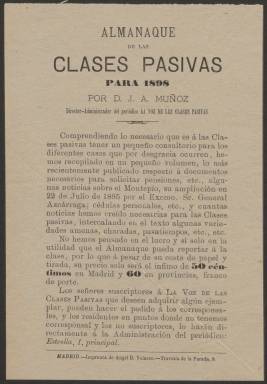
Título: La Voz de las clases pasivas
Colección: Fuerzas armadas
Ámbito geográfico: Madrid
Lugar de publicación: Madrid
Fechas: 01/01/1897-29/03/1899